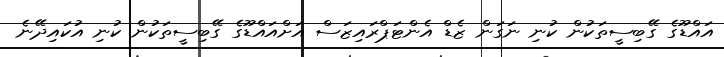
އައްޑޫގެ ގޭބިސީތަކުން ކުނި ނަގަން ޒެޑް އެންޓަޕްރައިޒަސް އަށްއައްޑޫގެ ގޭބިސީތަކުން ކުނި އުކައިދޭނެ